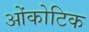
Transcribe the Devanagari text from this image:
ओंकोटिक